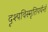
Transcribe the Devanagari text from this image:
दृश्यविस्मृतिपर्यन्तं